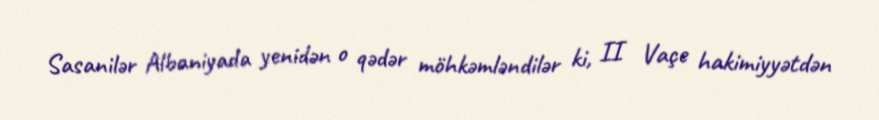
Sasanilər Albaniyada yenidən o qədər möhkəmləndilər ki, II Vaçe hakimiyyətdən